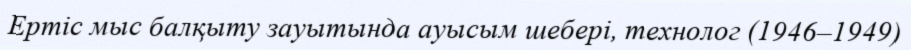
Ертіс мыс балқыту зауытында ауысым шебері, технолог (1946–1949)